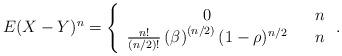
LaTeX: \begin{align*}E(X-Y)^{n}\allowbreak =\allowbreak \left\{ \begin{array}{ccc}0 & & n \\ \frac{n!}{(n/2)!}\left( \beta \right) ^{\left( n/2\right) }(1-\rho )^{n/2} & & n\end{array}\right. . \end{align*}